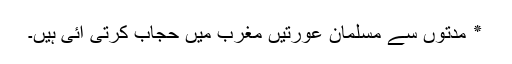
٭ مدتوں سے مسلمان عورتیں مغرب میں حجاب کرتی آئی ہیں۔